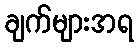
ချက်များအရ